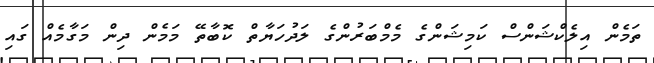
ތަމެން އިލެކްޝަންސް ކަމިޝަންގެ މެމްބަރުންގެ ލަދުހަޔާތް ކޮބާތޭ މަމެން ދިން މަގާމެއް ގައި